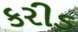
કરીડ